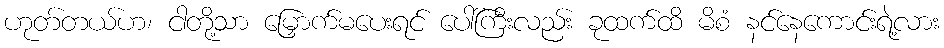
ဟုတ်တယ်ဟ၊ ငါတို့သာ မြှောက်မပေးရင် ပေါ်ကြီးလည်း ခုထက်ထိ မိစံ နင်နေကောင်းရဲ့လား